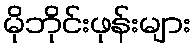
မိုဘိုင်းဖုန်းများ